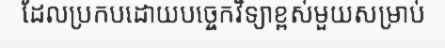
ដែលប្រកបដោយបច្ចេកវិទ្យាខ្ពស់មួយសម្រាប់